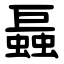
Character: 螶